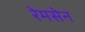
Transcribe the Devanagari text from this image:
रेमसेन